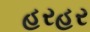
હરહર